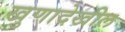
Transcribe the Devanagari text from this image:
खुणादेखील